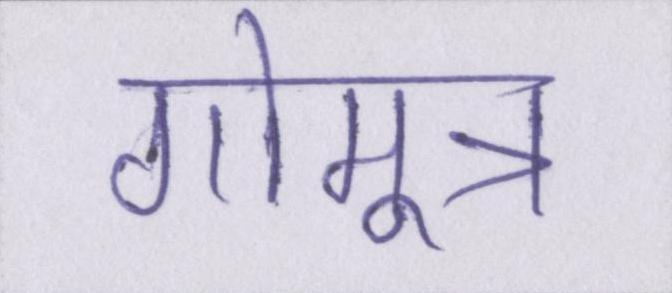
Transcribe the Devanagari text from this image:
गोमूत्र